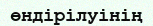
өндірілуінің